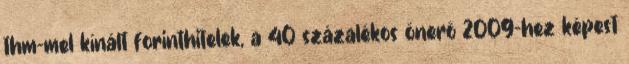
thm-mel kínált forinthitelek, a 40 százalékos önerő 2009-hez képest